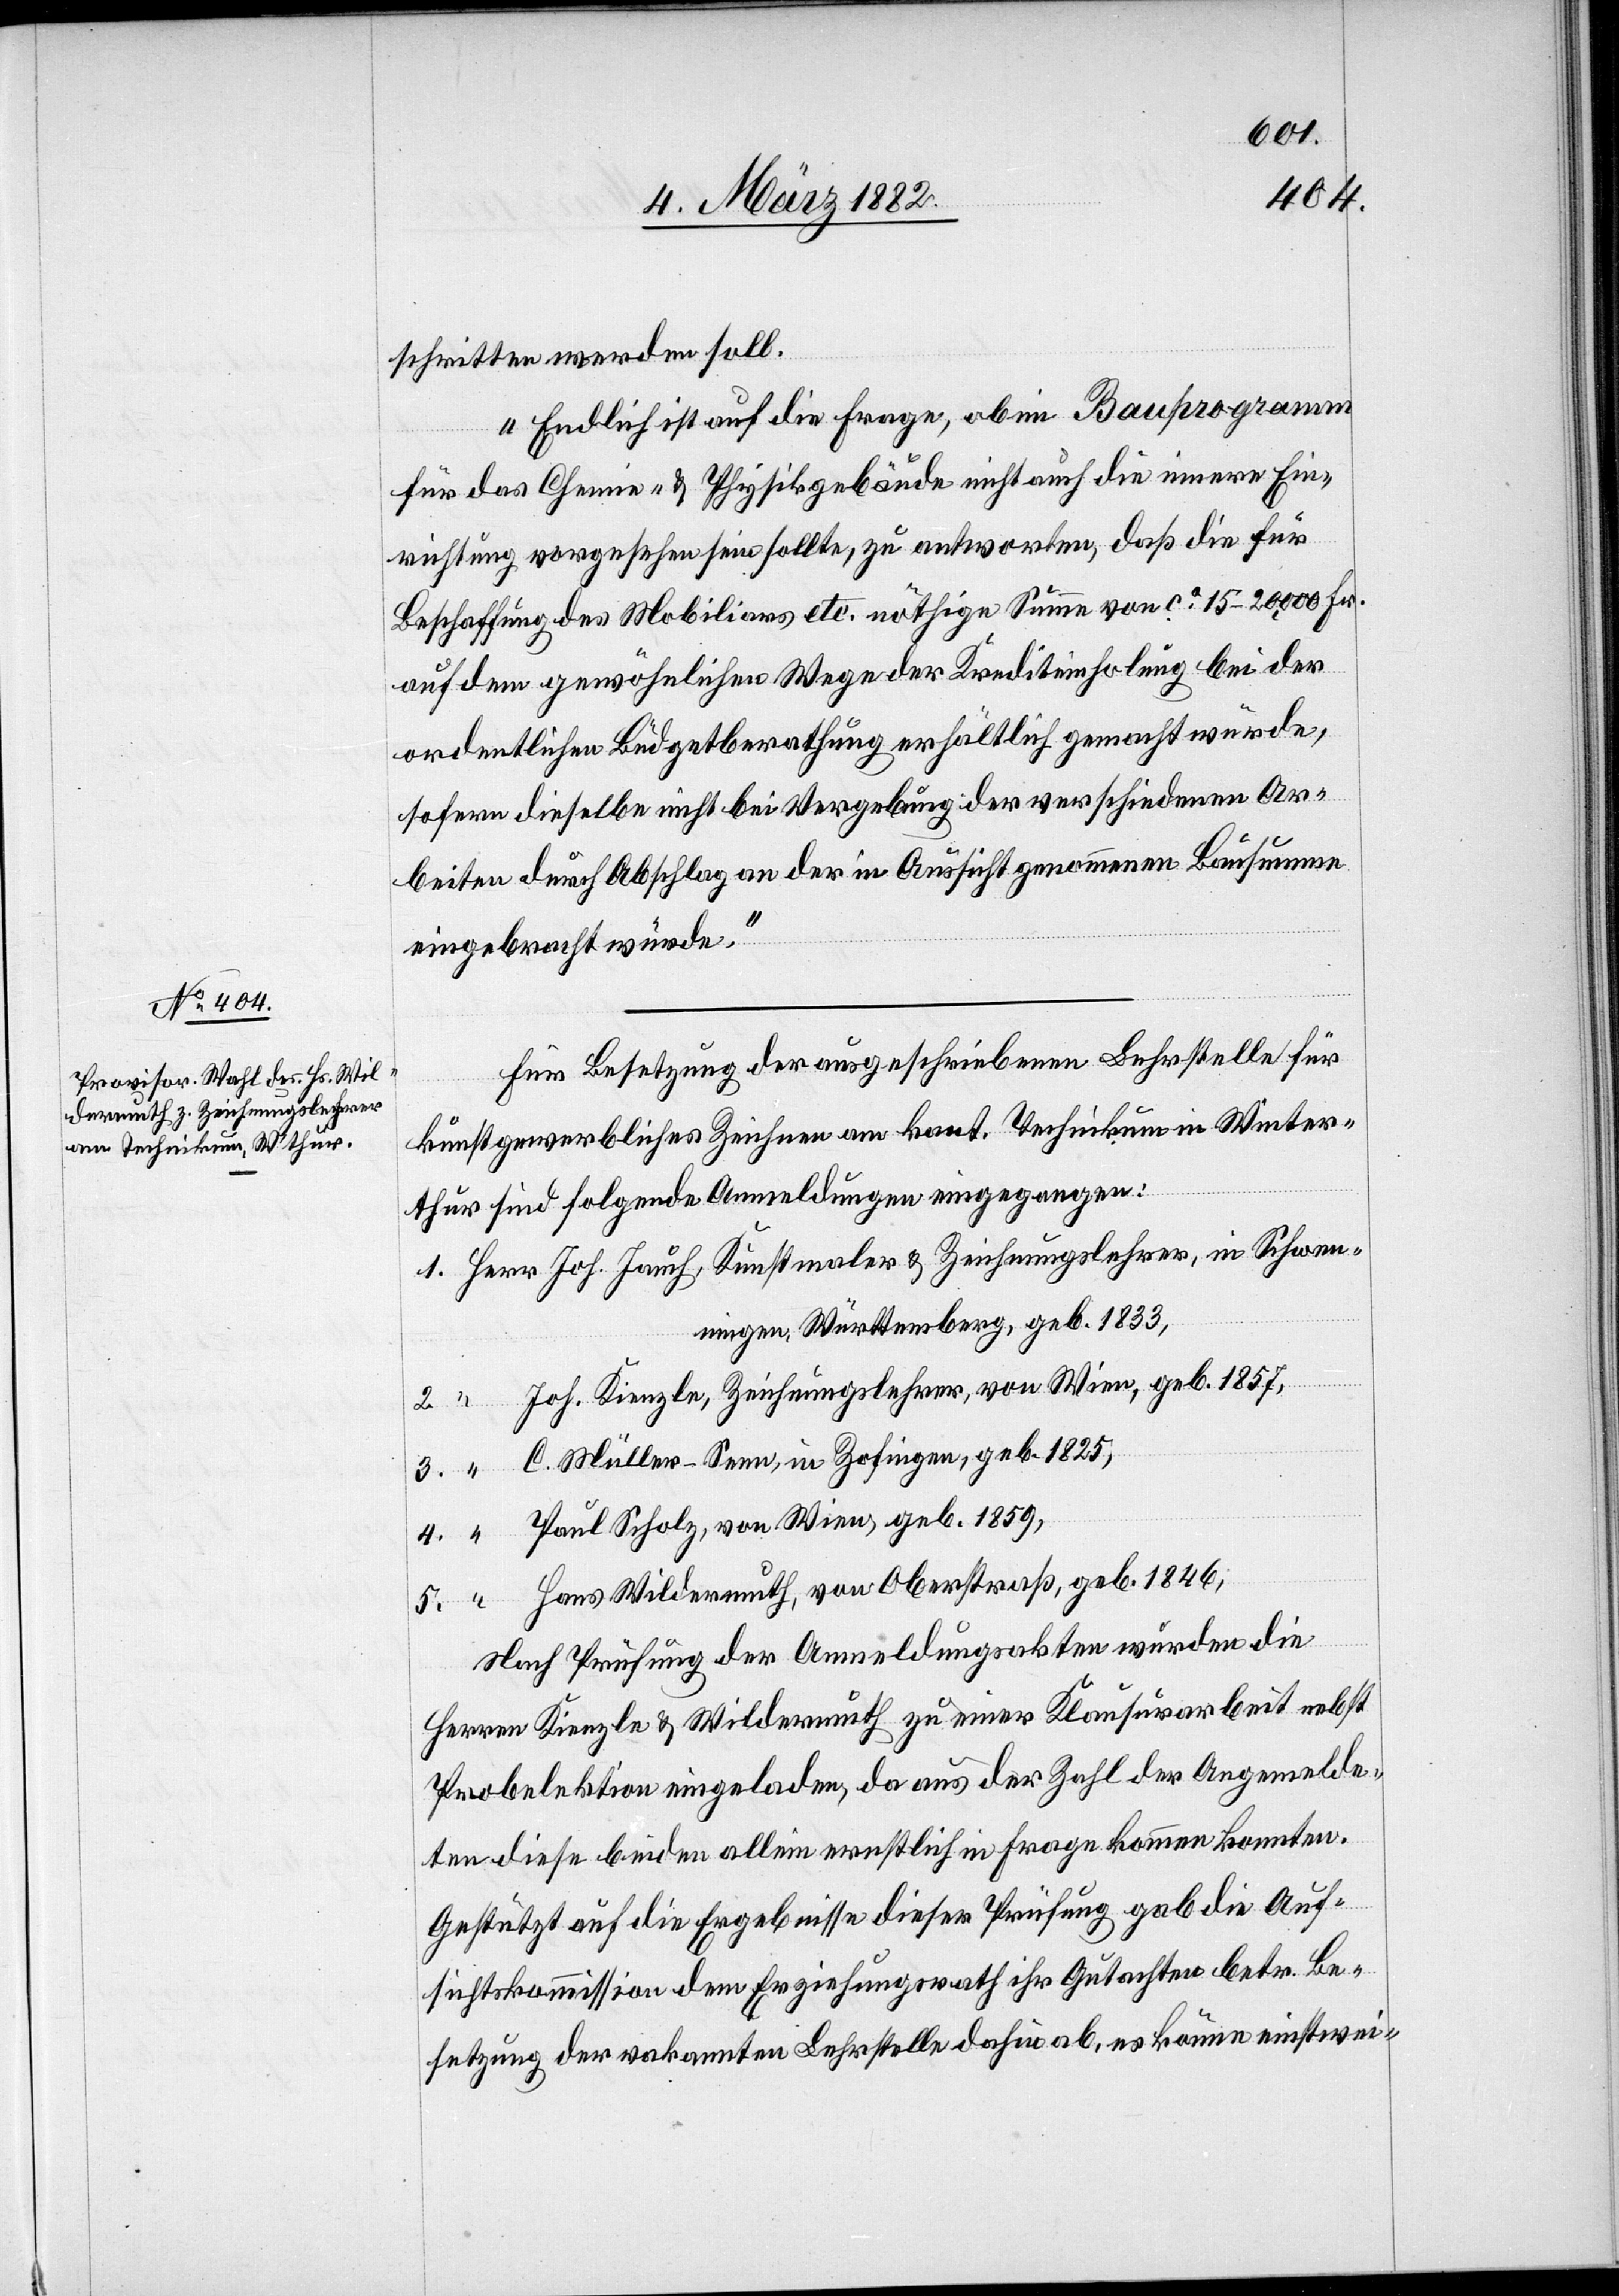
Kunstmaler & Zeichnungslehrer,

Schwe¬
schritten werden soll.
Endlich ist auf die Frage, ob im Bauprogramm
für das Chemie- & Physikgebäude nicht auch die innere Ein¬
richtung vorgesehen sein sollte, zu antworten, daß die für
Beschaffung des Mobiliars etc. nöthige Summe von ca 15–2000 Fr.
auf dem gewöhnlichen Wege der Krediteinholung bei der
ordentlichen Büdgetberathung erhältlich gemacht würde,
sofern dieselbe nicht bei Vergebung der verschiedenen Ar¬
beiten durch Abschlag an der in Aussicht genommenen Bausumme
eingebracht würde.“
Für Besetzung der ausgeschriebenen Lehrstelle für
kunstgewerbliches Zeichnen am kant. Technikum in Winter¬
thur sind folgende Anmeldungen eingegangen:
mmingen, Württemberg, geb. 1833,
“
Joh. Kienzle, Zeichnungslehrer, von Wien, geb. 1857,
C. Müller-Senn, in Zofingen, geb. 1825,
Paul Scholz, von Wien, geb. 1859,
Hans Wildermuth, von Oberstraß, geb. 1846;
Nach Prüfung der Anmeldungsakten würden die
Herren Kienzle & Wildermuth zu einer Klausurarbeit nebst
Probelektion eingeladen, da aus der Zahl der Angemelde¬
ten diese beiden allein ernstlich in Frage kommen konnten.
Gestützt auf die Ergebnisse dieser Prüfung gab die Auf¬
sichtskommission dem Erziehungsrath ihr Gutachten betr. Be¬
setzung der vakanten Lehrstelle dahin ab, es könne einstwei-